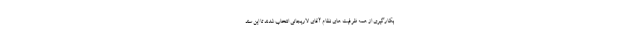
بکارگیری از همه ظرفیت های نظام آقای لاریجانی انتخاب شدند تا این سند